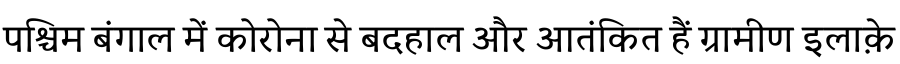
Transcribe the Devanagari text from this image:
पश्चिम बंगाल में कोरोना से बदहाल और आतंकित हैं ग्रामीण इलाक़े